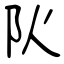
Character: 阦